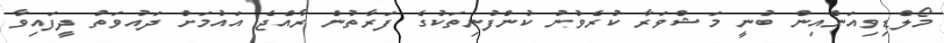
މޯލްޑިވިއަންއިން ބުނީ މަޝްވަރާ ކުރެވުނު ކުންފުނިތަކުގެ ފަރާތުން ރާއްޖެ އައުމަށް ދައުވަތު ދީފައިވާ